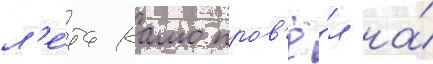
л'е́та камо пров'ё́л на́